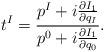
LaTeX: \begin{align*}t^I=\frac{p^I+i\frac{\partial I_1}{\partial q_I}}{p^0+i\frac{\partial I_1}{\partial q_0}}.\end{align*}